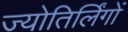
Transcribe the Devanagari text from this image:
ज्‍योतिर्लिंगों